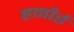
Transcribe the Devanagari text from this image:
हर्नोई